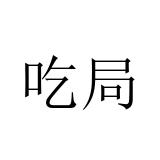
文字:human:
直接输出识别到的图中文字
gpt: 吃局